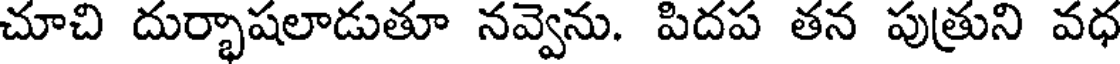
చూచి దుర్భాషలాడుతూ నవ్వెను. పిదప తన పుత్రుని వధ